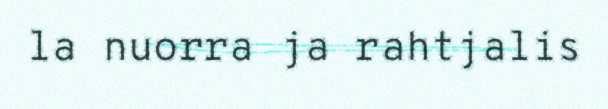
la nuorra ja rahtjalis